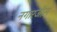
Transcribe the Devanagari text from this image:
नगारजीस